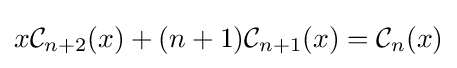
x{\mathcal {C}}_{n+2}(x)+(n+1){\mathcal {C}}_{n+1}(x)={\mathcal {C}}_{n}(x)